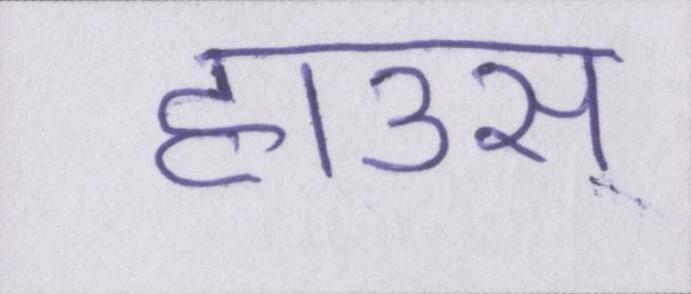
हाउस